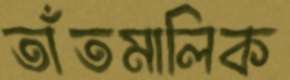
তাঁতমালিক